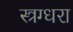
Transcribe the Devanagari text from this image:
स्त्रग्धरा